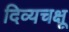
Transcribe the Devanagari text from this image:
दिव्यचक्षू